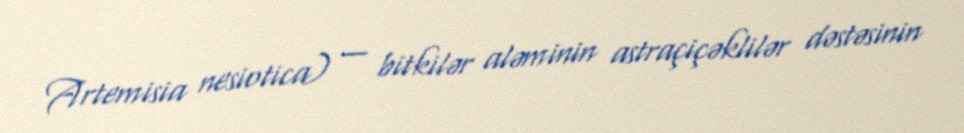
Artemisia nesiotica) — bitkilər aləminin astraçiçəklilər dəstəsinin